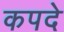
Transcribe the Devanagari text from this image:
कपदे